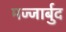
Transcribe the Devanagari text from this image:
मज्जार्बुद